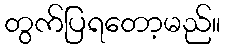
တွက်ပြရတော့မည်။